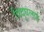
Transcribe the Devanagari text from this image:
विदुघलाई